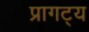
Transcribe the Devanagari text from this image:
प्रागट्य